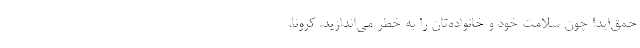
حمق‌اید! چون سلامت خود و خانواده‌تان را به خطر می‌اندازید. کرونا،